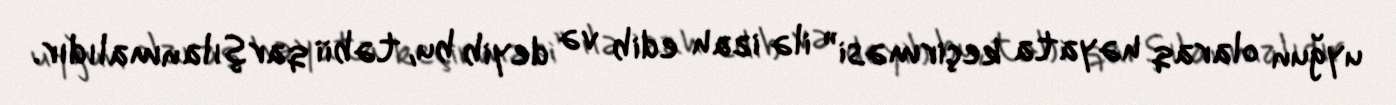
uyğun olaraq həyata keçirməsi” ilə izah edib və deyib bu, təbii qarşılanmalıdır.